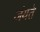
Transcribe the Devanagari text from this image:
जंयते